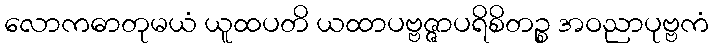
လောကဓာတုမယံ ယူထပတိ ယထာပဗ္ဗဇ္ဇာပရိစိတဉ္စ အဝညာပုဗ္ဗကံ